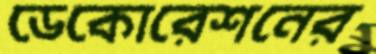
ডেকোরেশনের